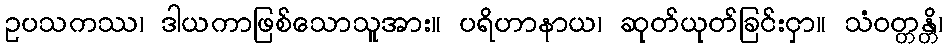
ဥပသကဿ၊ ဒါယကာဖြစ်သောသူအား။ ပရိဟာနာယ၊ ဆုတ်ယုတ်ခြင်းငှာ။ သံဝတ္တန္တိ၊